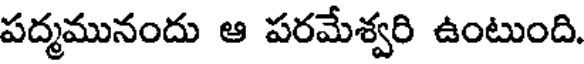
పద్మమునందు ఆ పరమేశ్వరి ఉంటుంది.